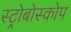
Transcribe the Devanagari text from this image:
स्ट्रोबोस्कोप